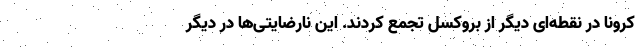
کرونا در نقطه‌ای دیگر از بروکسل تجمع کردند. این نارضایتی‌ها در دیگر